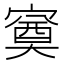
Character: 𭔕